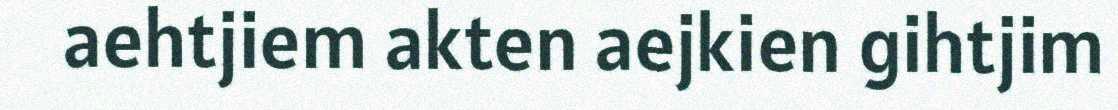
aehtjiem akten aejkien gihtjim